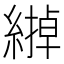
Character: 𦄹